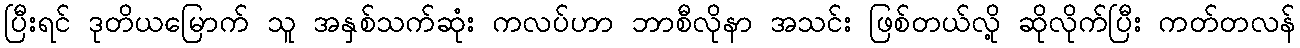
ပြီးရင် ဒုတိယမြောက် သူ အနှစ်သက်ဆုံး ကလပ်ဟာ ဘာစီလိုနာ အသင်း ဖြစ်တယ်လို့ ဆိုလိုက်ပြီး ကတ်တလန်